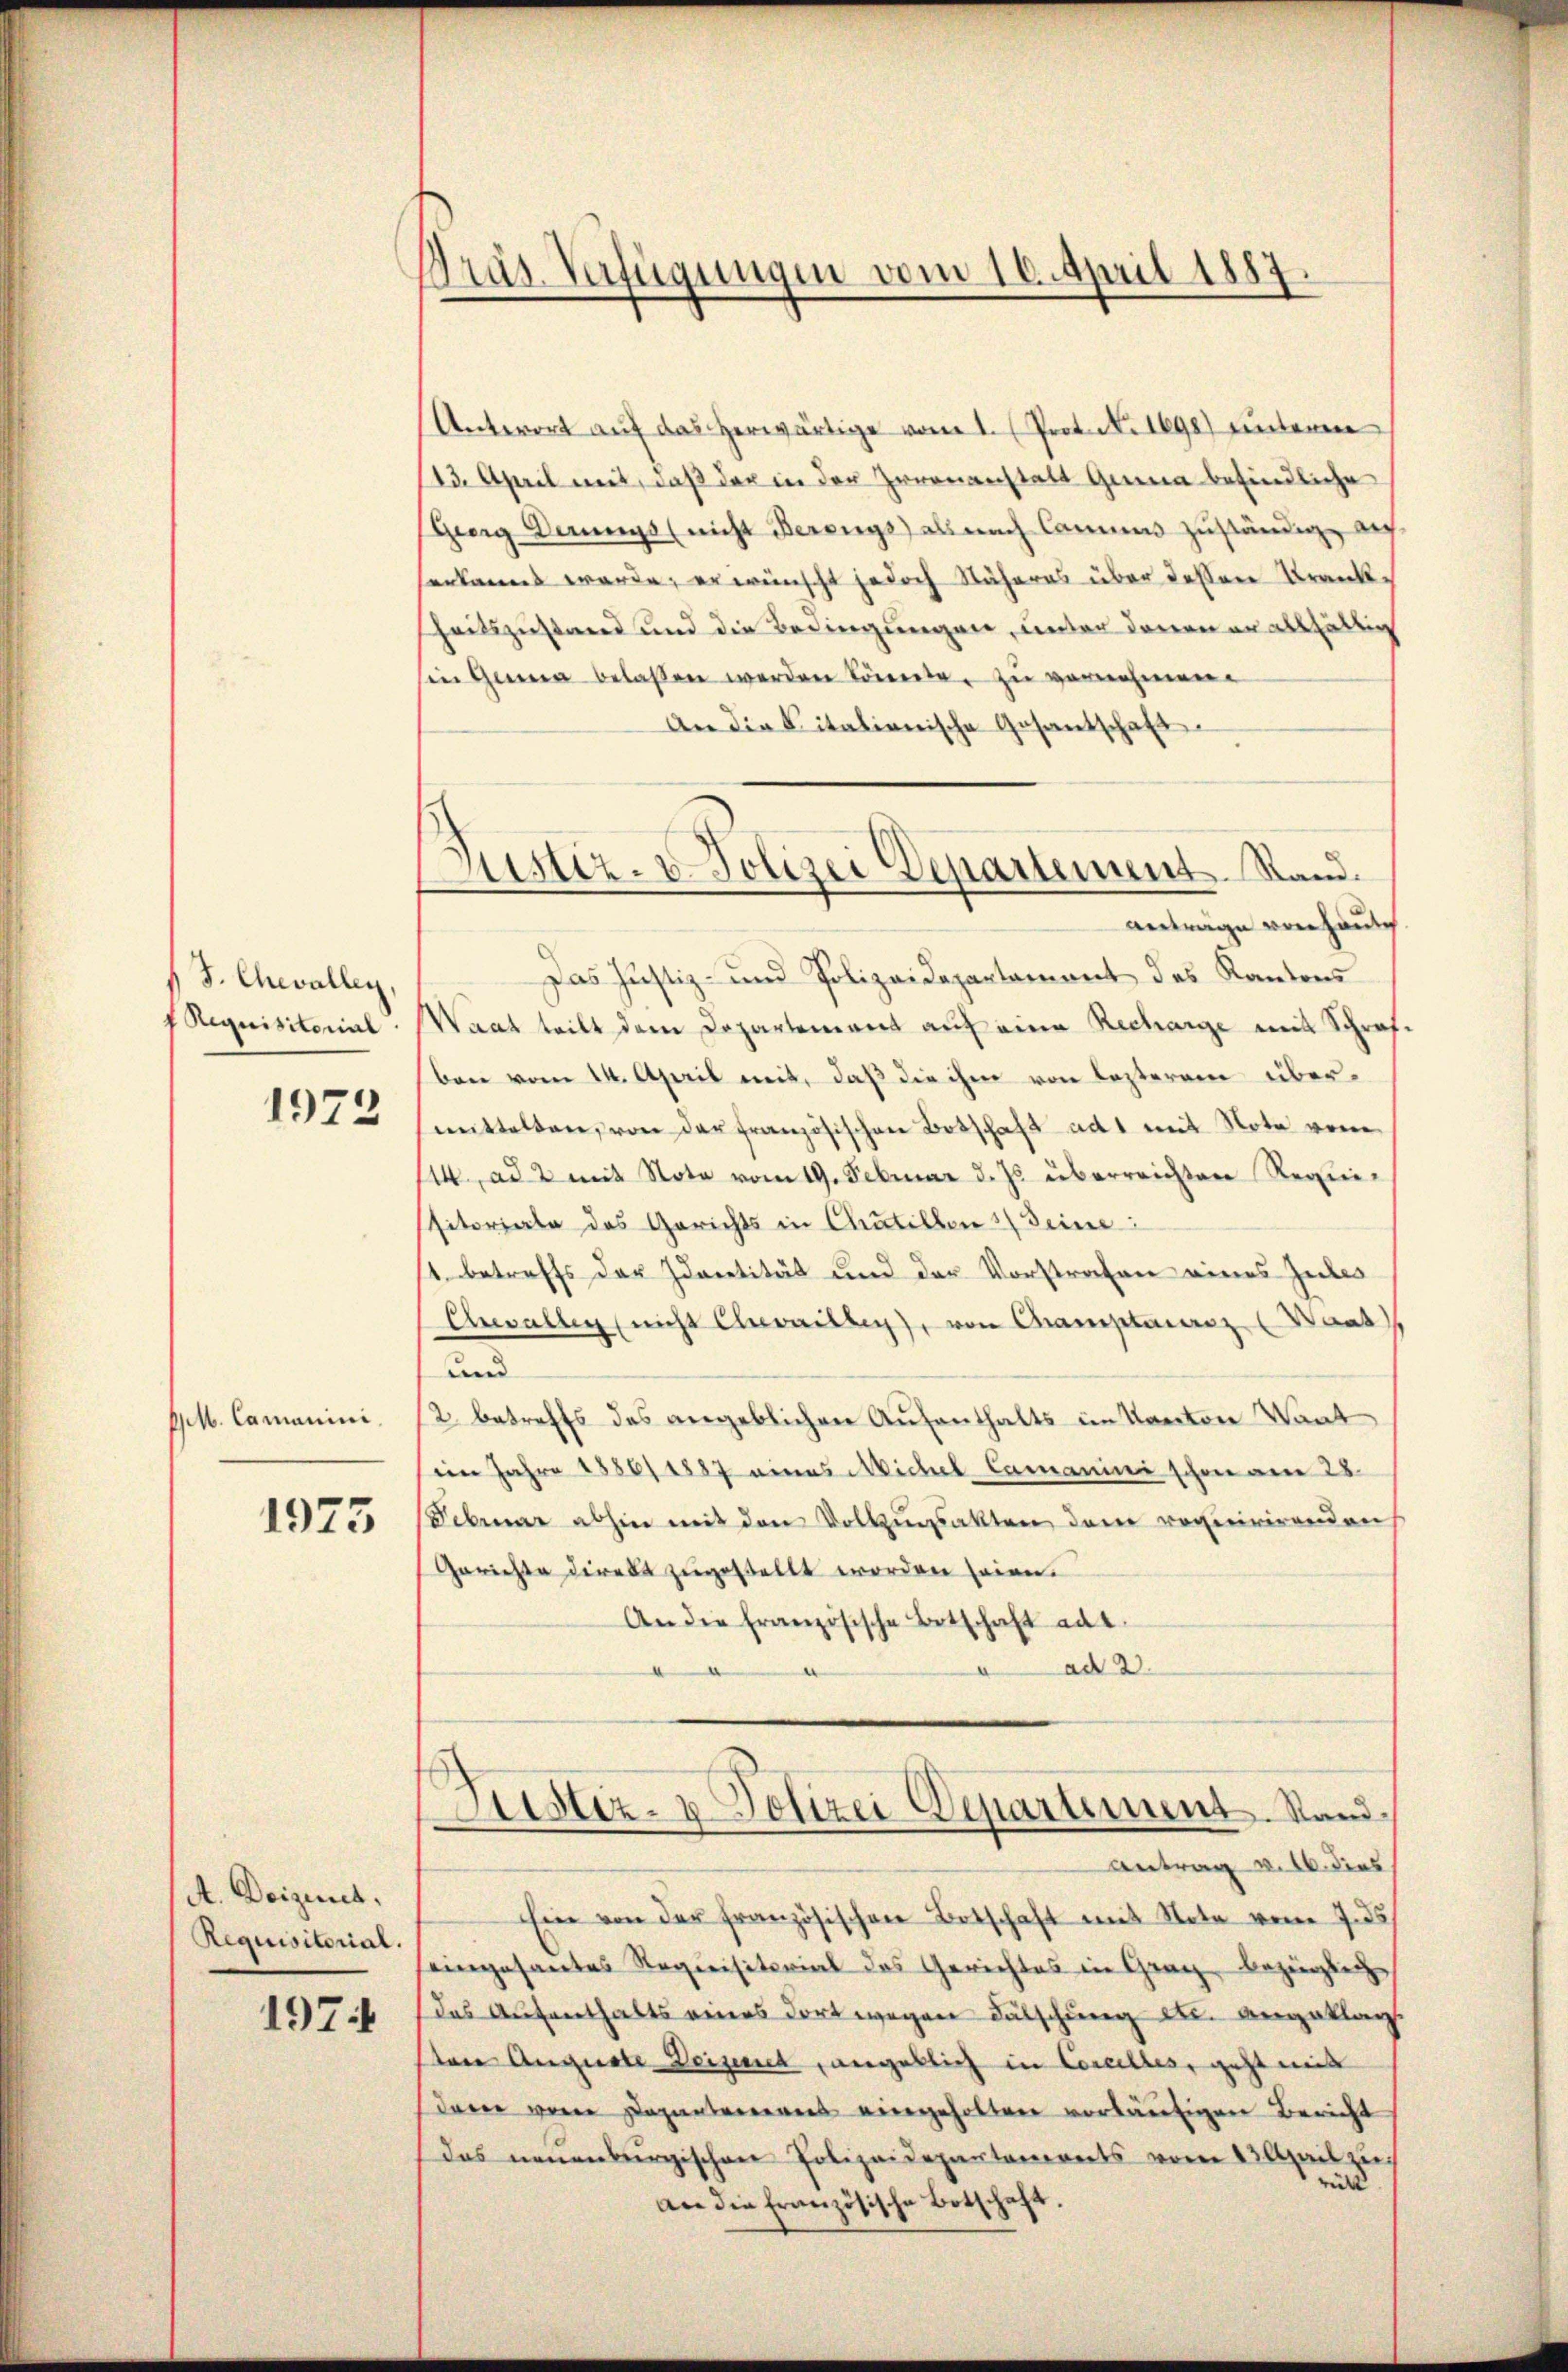
1 J. Chevallen
f Requisitorial

1972

Gitb. Camanini,

1973

A. Deizines,
Requisitorial.
1974

Dräs Verfügungen vom 16. April 1887.

Anterort auf das herwärtige vom 1. Prot. N. 1690) unterm
123. April mit, daß der in der Zerenanstatt Giena befindliche
Georg Dergs (nicht Berungs als nach Cammes zuständig auf
herkannt werde, er wünscht jedoch Näheres über dessene Krankheitszustand und die Bedingungen, unter denen er allfällig
in Genera belassen werden könnte, zu vernehmene
An die Citationische Gesantschaft
anträge vorhaute
Das Justiz- und Polizeidepartament des Kantons
Waat tritt dem Departement auf eine Recharge mit Schraf-
bare vom 14. April mit, daß die ihm von lezterem übereenstalten, von der französischen Botschaft ad 1 mit Note von
114. ad 2 mit Note vom 19. Februar d. Js. überreichten Regier
sitoriale des Gerichts in Chatellen Deine
s. betreffs der Idarentität und der Vorstrafen eines Zubes
Ehwallen (nicht Chailleg, von Champtaerz (Want
und
2. betreffs des angeblichen Aufenthalts im Kanton Vant
im Jahre 1886/1887 eines Michael Camanini schon am 28.
Februar abhin mit den Vollzugsakten dem requirirenden
Gerichte direkt zugestellt worden seien.
An die französische Botschaft ad 1.
ad 2.
¬

Justiz- u. Polizei Departement. Stand.

Antrag v. 16. dies
Eine von der französischen Botschaft mit Note vom 7. ds
eingesantes Requisitorial das Gerichtes in Graz bezierlic
das Aufenthalts eines dort wegen Fälschung Fr. angeklag
ten Auguste Deizieret, angeklich in Concelles, geht mit
daren von Departeneres eingeholten vorläutigen Bericht
das neuenburgischen Polizeidepartaments vom 23. April zu
rück
an die französische Botschaft.

Justiz- & Polizei Departement. Stand.